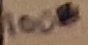
Text: 100Ω